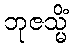
ဘုဇသ္မိံ